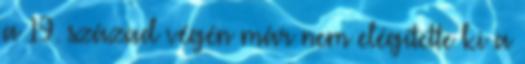
a 19. század végén már nem elégítette ki a